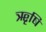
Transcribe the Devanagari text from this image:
ॠृषि